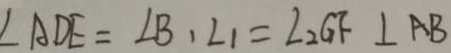
\angle A D E = \angle B , \angle 1 = \angle 2 G F \bot A B